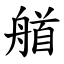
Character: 艏